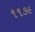
૧૧૭૯